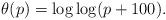
LaTeX: \begin{align*}\theta(p)= \log\log (p+100).\end{align*}